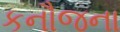
કનૌજના